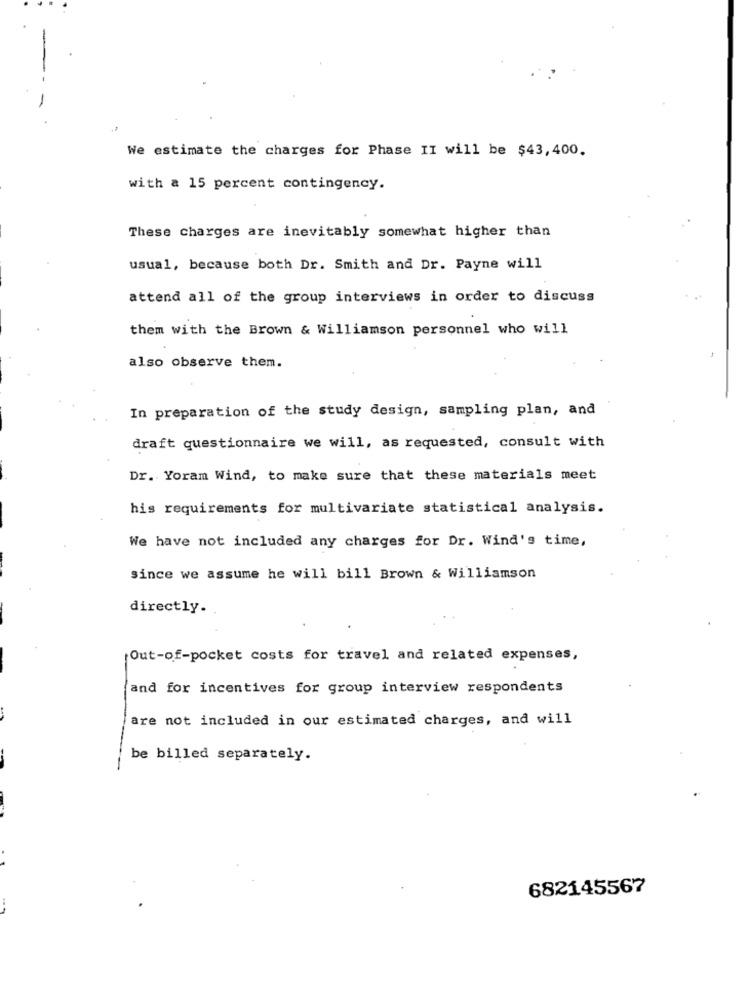
We estimate the charges for Phase II will be $43,400.
with a 15 percent contingency.
These charges are inevitably somewhat higher than
usual, because both Dr. Smith and Dr. Payne will
attend all of the group interviews in order to discuss
them with the Brown & Williamson personnel who will
also observe them.
In preparation of the study design, sampling plan, and
draft questionnaire we will, as requested, consult with
Dr. Yoram Wind, to make sure that these materials meet
his requirements for multivariate statistical analysis.
We have not included any charges for Dr. Wind's time,
since we assume he will bill Brown & Williamson
directly.
Out-of-pocket costs for travel and related expenses,
and for incentives for group interview respondents
are not included in our estimated charges, and will
be billed separately.
682145567